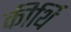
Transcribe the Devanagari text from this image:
कीर्थि